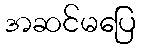
အဆင်မပြေ